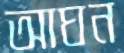
আঘন